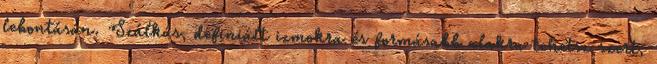
lebontásán. Szálkás, definiált izmokra és formásabb alakra tehetsz szert,